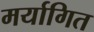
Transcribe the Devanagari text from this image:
मर्यागित